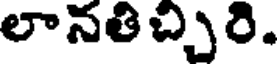
లానతిచ్చిరి.